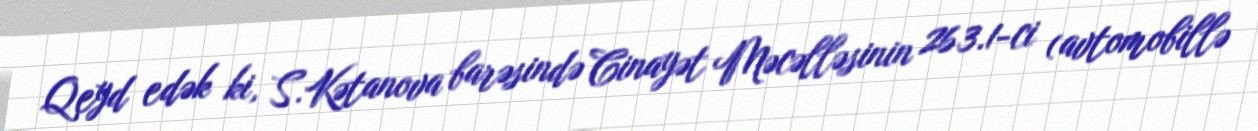
Qeyd edək ki, S.Kətanova barəsində Cinayət Məcəlləsinin 263.1-ci (avtomobillə